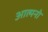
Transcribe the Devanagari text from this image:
आत्मनो